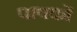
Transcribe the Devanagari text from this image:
पाषकों